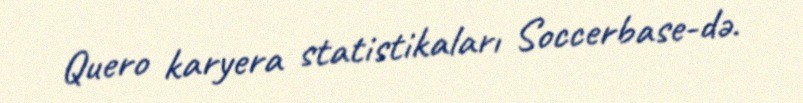
Quero karyera statistikaları Soccerbase-də.